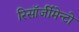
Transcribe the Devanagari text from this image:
रिसॉर्जीमेन्टो